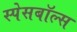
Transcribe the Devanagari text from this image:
स्पेसबॉल्स